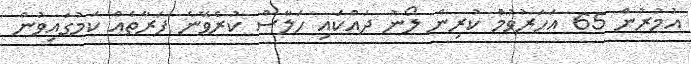
އުމުރުން 65 އަހަރުވުމުެ ކުރިން ލޯނު ދައްކައި ހަލާސް ކުރެވޭނެ ފަރާތެއް ކަމުގައިވުން